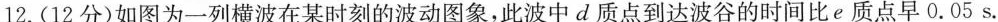
12.(12分)如图为一列横波在某时刻的波动图象，此波中d质点到达波谷的时间比e质点早0.05s.